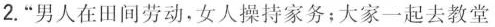
2.”男人在田间劳动，女人操持家务；大家一起去教堂